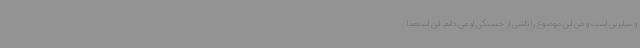
و سایرین است و من این موضوع را ناشی از خستگی او می دانم. این استعفا